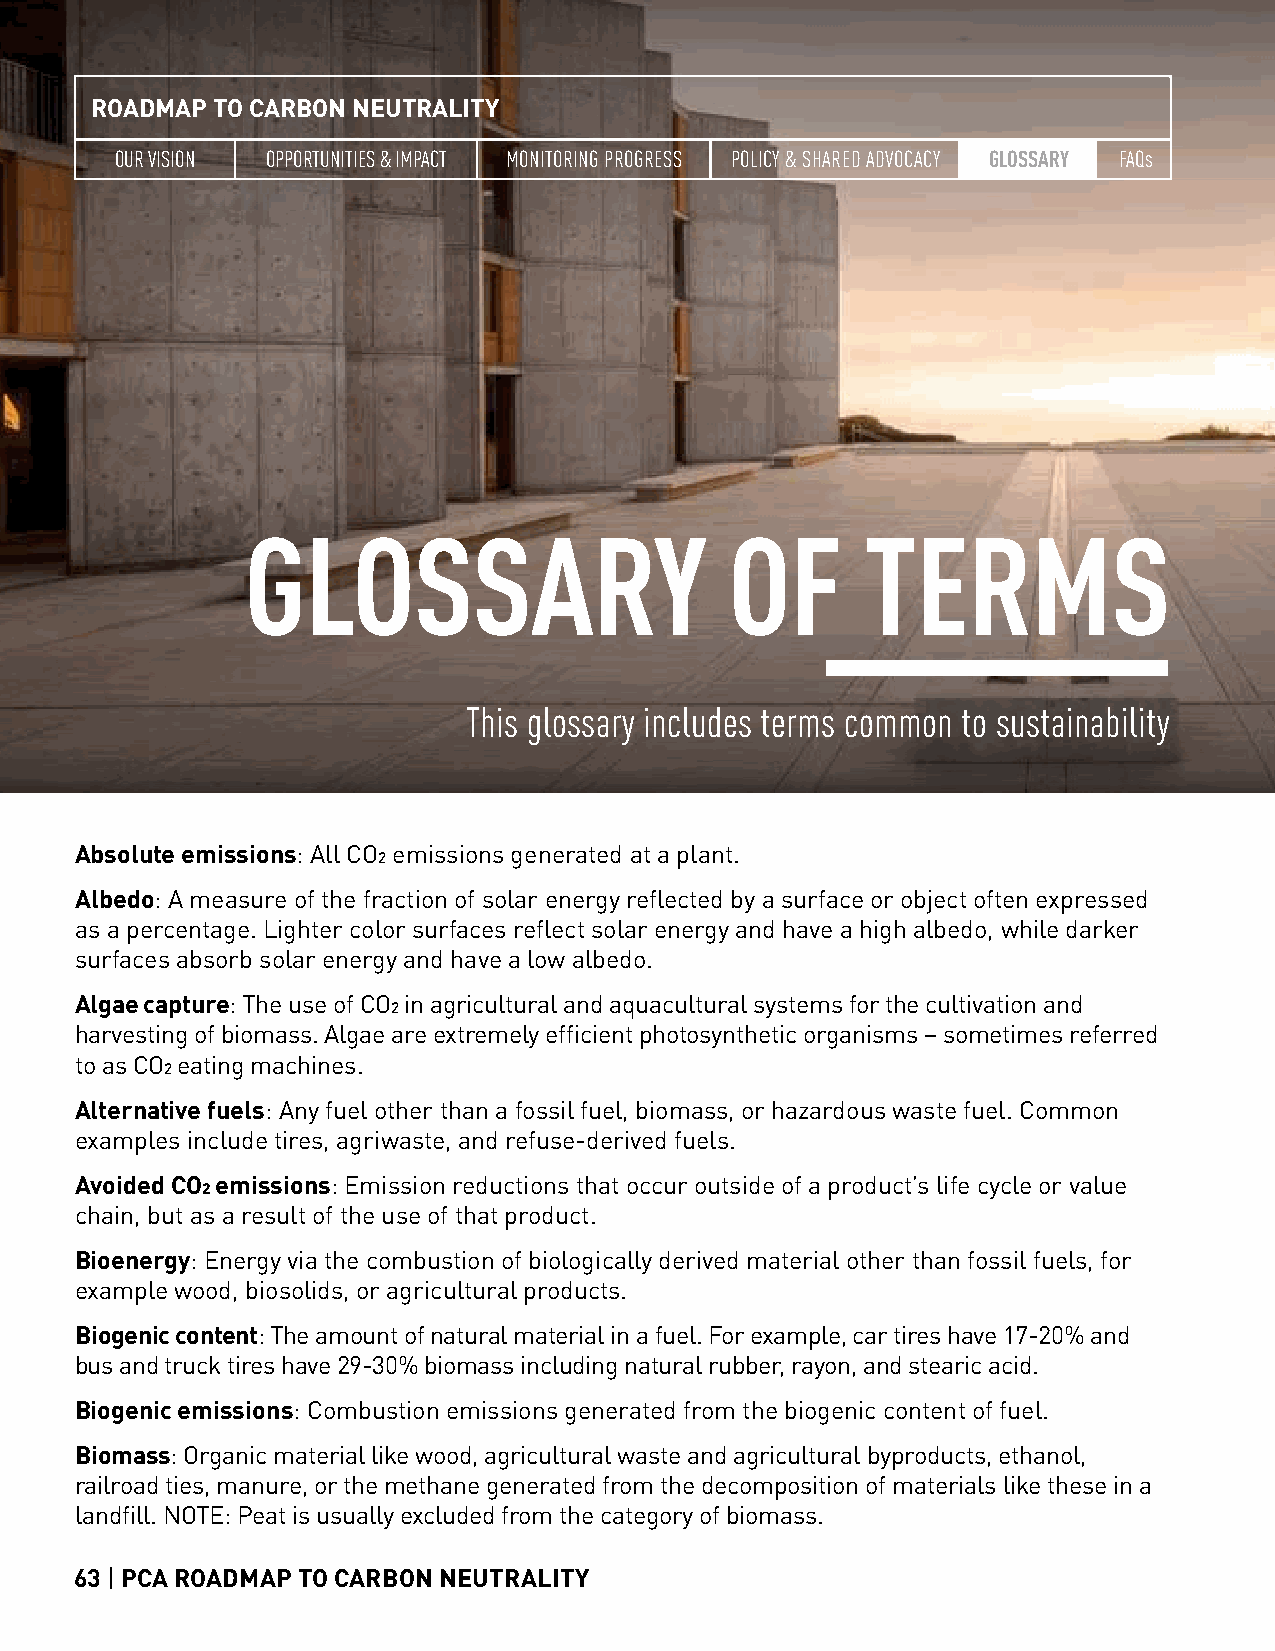
ROADMAP TO CARBON NEUTRALITY
 OUR VISION OPPORTUNITIES & IMPACT MONITORING PROGRESS POLICY & SHARED ADVOCACY GLOSSARY FAQs
 GLOSSARY                        OF       TERMS
 This glossary includes terms common to sustainability
 Absolute emissions: All CO2 emissions generated at a plant.
 Albedo: A measure of the fraction of solar energy reflected by a surface or object often expressed
 as a percentage. Lighter color surfaces reflect solar energy and have a high albedo, while darker
 surfaces absorb solar energy and have a low albedo.
 Algae capture: The use of CO2 in agricultural and aquacultural systems for the cultivation and
 harvesting of biomass. Algae are extremely efficient photosynthetic organisms – sometimes referred
 to as CO2 eating machines.
 Alternative fuels: Any fuel other than a fossil fuel, biomass, or hazardous waste fuel. Common
 examples include tires, agriwaste, and refuse-derived fuels.
 Avoided CO2 emissions: Emission reductions that occur outside of a product’s life cycle or value
 chain, but as a result of the use of that product.
 Bioenergy: Energy via the combustion of biologically derived material other than fossil fuels, for
 example wood, biosolids, or agricultural products.
 Biogenic content: The amount of natural material in a fuel. For example, car tires have 17-20% and
 bus and truck tires have 29-30% biomass including natural rubber, rayon, and stearic acid.
 Biogenic emissions: Combustion emissions generated from the biogenic content of fuel.
 Biomass: Organic material like wood, agricultural waste and agricultural byproducts, ethanol,
 railroad ties, manure, or the methane generated from the decomposition of materials like these in a
 landfill. NOTE: Peat is usually excluded from the category of biomass.
 63 | PCA ROADMAP TO CARBON NEUTRALITY